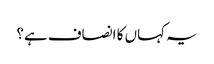
یہ کہاں کا انصاف ہے؟